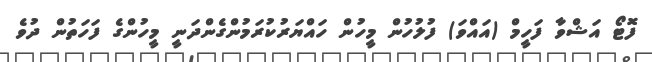
ފޮޓޯ އަޝްވާ ފަހީމް (އައްވަ) ފުލުހުން މީހުން ހައްޔަރުކުރަމުންގެންދަނީ މީހުންގެ ފަހަތުން ދުވެ